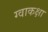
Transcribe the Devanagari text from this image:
ग्वाकक्षा